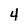
Character: 4